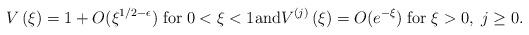
LaTeX: \begin{align*} V\left (\xi \right) = 1+O(\xi^{1/2-\epsilon}) \; \mbox{for} \; 0<\xi<1 \mbox{and} V^{(j)}\left (\xi \right) =O(e^{-\xi}) \; \mbox{for} \; \xi >0, \; j \geq 0.\end{align*}